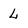
Character: L